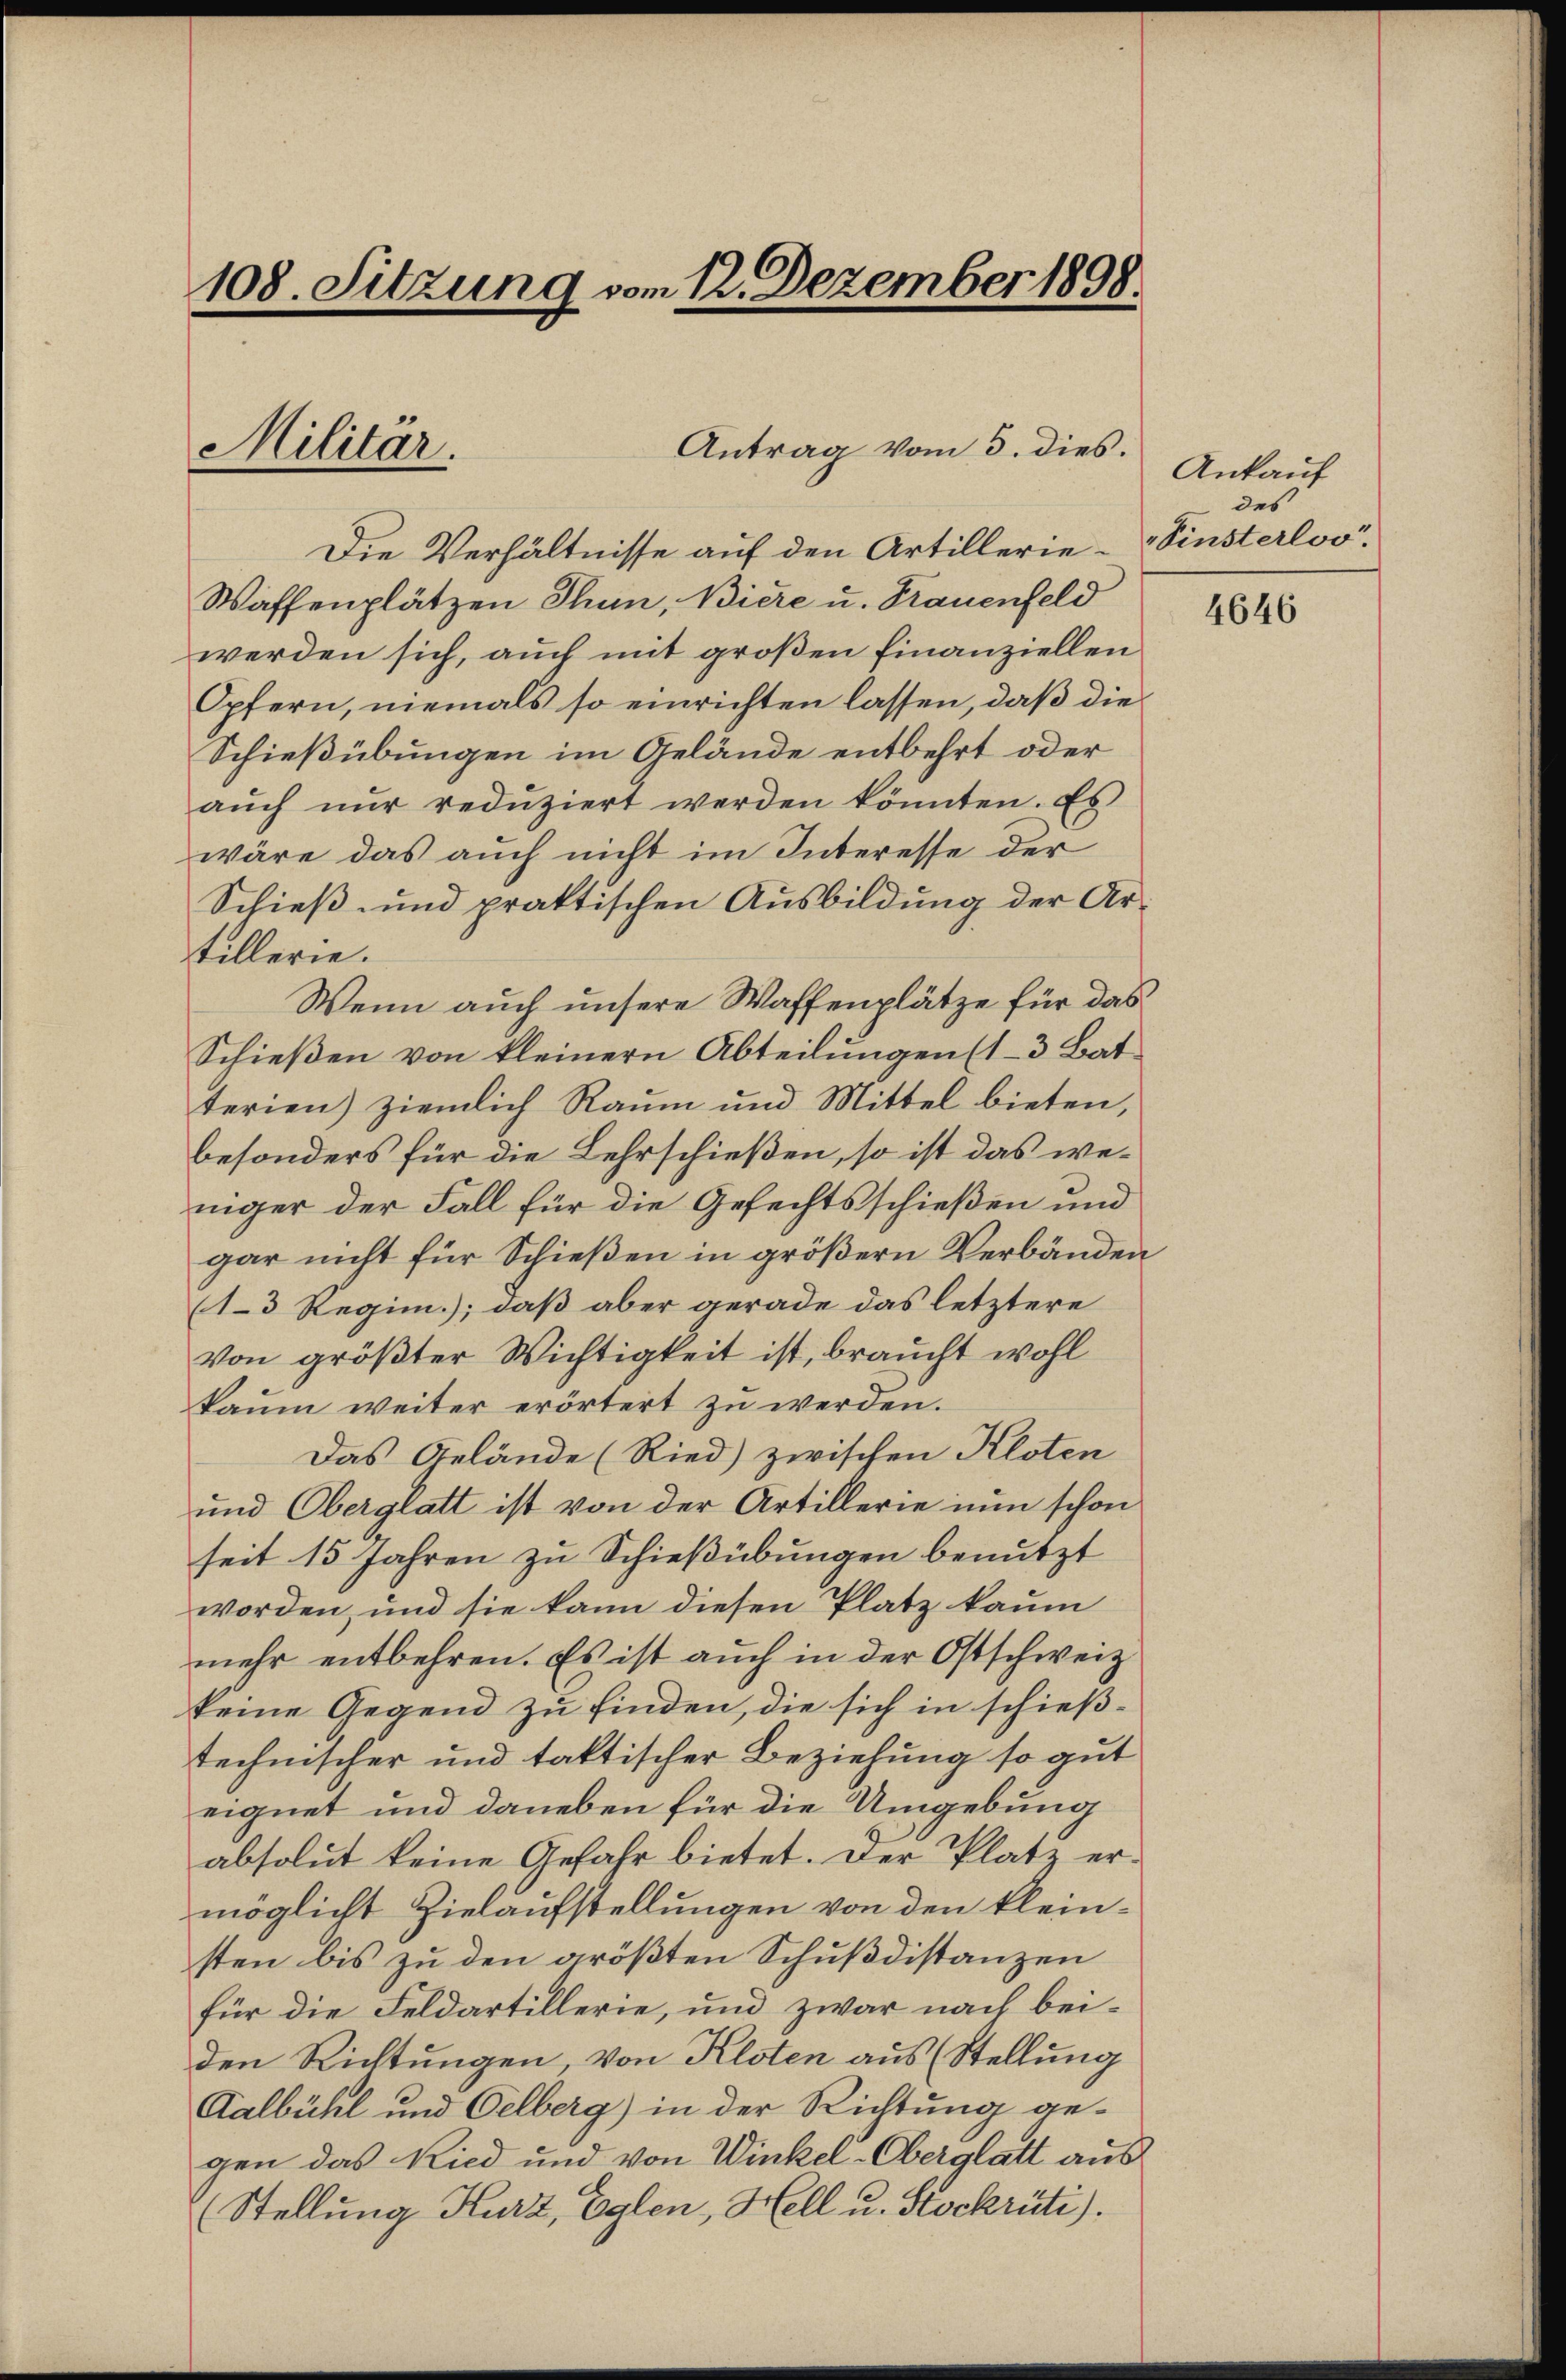
108. Sitzung vom 12. Dezember 1898.

Militar.

Antrag vom 3. dies.

Die Verhältnisse auf den Artillerie-Pinsterloo¬
Waffenplätzen Thun, Biere u. Frauenfeld
werden sich, auch mit großen finanziellen
Opfern, niemals so einrichten lassen, daß die
Schießübungen im Gelände entbehrt oder
aŭch nŭr redŭziert werden könnten. Es
wäre das auch nicht im Interesse der
Schieß- und praktischen Ausbildung der Artillerie.
Wenn auch unsere Waffenplätze für das
Schieβen von kleinern Abteilungen (1-3 Bat
terien) ziemlich Raum und Mittel bieten,
besonders für die Lehrschießen, so ist das weniger der Fall für die Gefechtsschießen und
gar nicht für Schießen in größern Verbänden
1-3 Regim.); daß aber gerade das letztere
Von größter Wichtigkeit ist, braucht wohl
kaŭm weiter erörtert zŭ werden.
Das Gelände (Ried) zwischen Kloten
und Oberglatt ist von der Artillerie nun schon
seit 15 Jahren zu Schießübungen benutzt
worden, und sie kann diesen Platz kaum
mehr entbehren. Es ist auch in der Ostschweiz
keine Gegend zu finden, die sich in schießtechnischer und taktischer Beziehung so gut
eignet und daneben für die Umgebung
absolut keine Gefahr bietet. Der Platz ermöglicht Zielaufstellungen von den kleinsten bis zu den größten Schußdistanzen
für die Feldartillerie, und zwar nach beiden Richtungen, von Kloten aus (Stellung
Kalbühl und Oelberg) in der Richtung gegen das Kied und von Winkel-Oberglatt aus
(Stellung Kurz, Eglen, Hell u. Stockrüti).

Ankauf
des

4646